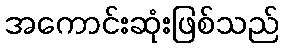
အကောင်းဆုံးဖြစ်သည်